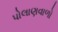
પોલાણવાળો